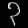
Digit: ၃